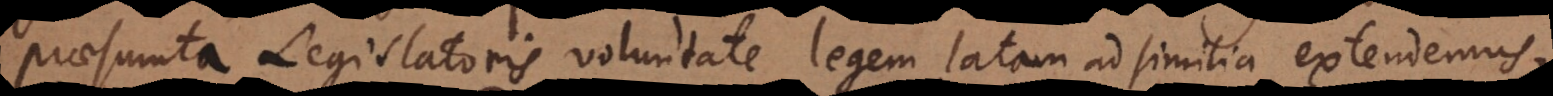
praesumta Legislatoris voluntate legem latam ad similia extendemus,